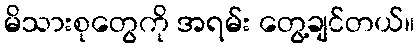
မိသားစုတွေကို အရမ်း တွေ့ချင်တယ်။